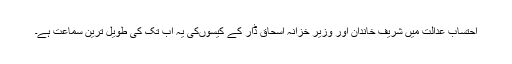
احتساب عدالت میں شریف خاندان اور وزیر خزانہ اسحاق ڈار کے کیسوںکی یہ اب تک کی طویل ترین سماعت ہے۔